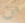
من